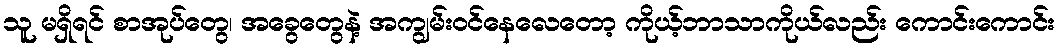
သူ မရှိရင် စာအုပ်တွေ၊ အခွေတွေနဲ့ အကျွမ်းဝင်နေလေတော့ ကိုယ့်ဘာသာကိုယ်လည်း ကောင်းကောင်း